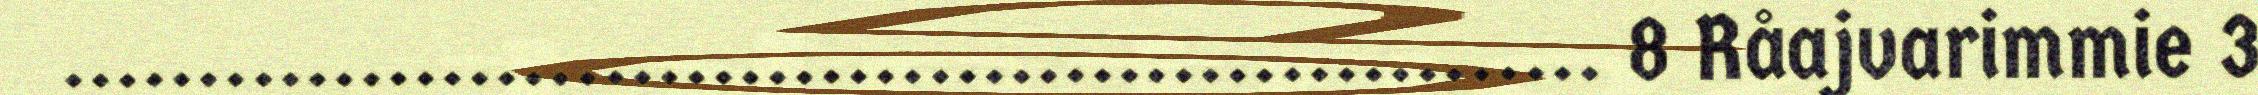
......................................................... 8 Råajvarimmie 3